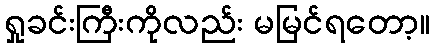
ရှုခင်းကြီးကိုလည်း မမြင်ရတော့။